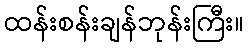
ထန်းစန်းချန်ဘုန်းကြီး။